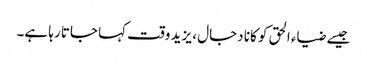
جیسے ضیاء الحق کو کانا دجال ، یزید وقت کہا جاتا رہا ہے۔